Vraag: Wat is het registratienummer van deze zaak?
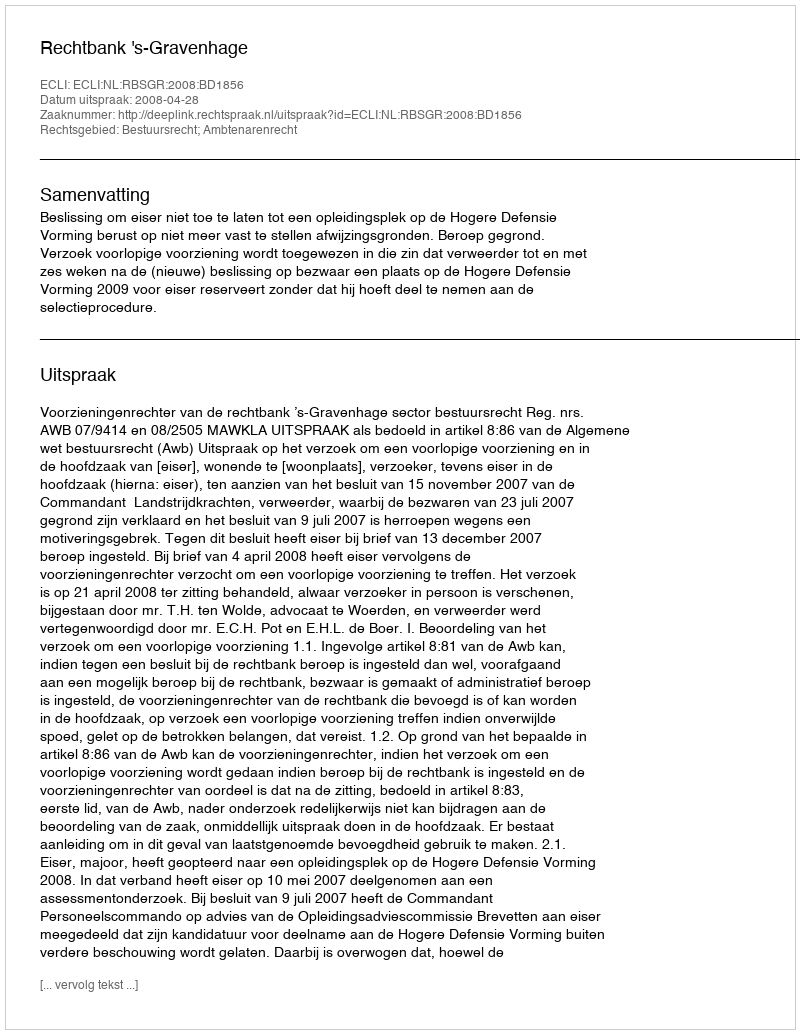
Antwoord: http://deeplink.rechtspraak.nl/uitspraak?id=ECLI:NL:RBSGR:2008:BD1856